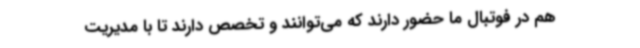
هم در فوتبال ما حضور دارند که می‌توانند و تخصص دارند تا با مدیریت